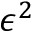
\epsilon ^ { 2 }